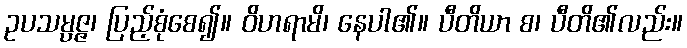
ဥပသမ္ပဇ္ဇ၊ ပြည့်စုံစေ၍။ ဝိဟရာမိ၊ နေပါ၏။ ပီတိယာ စ၊ ပီတိ၏လည်း။